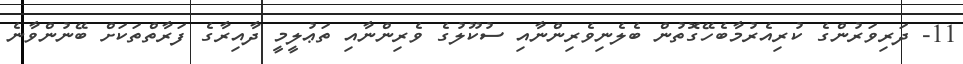
11- ދަރިވަރުންގެ ކުރިއެރުމާބެހޭގޮތުން ބެލެނިވެރިންނާއި ސުކޫލުގެ ވެރިންނާއި ތަޢުލީމީ ދާއިރާގެ ފަރާތްތަކަށް ބޭނުންވާނެ